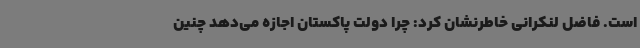
است. فاضل لنکرانی خاطرنشان کرد: چرا دولت پاکستان اجازه می‌دهد چنین